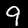
Label: 9